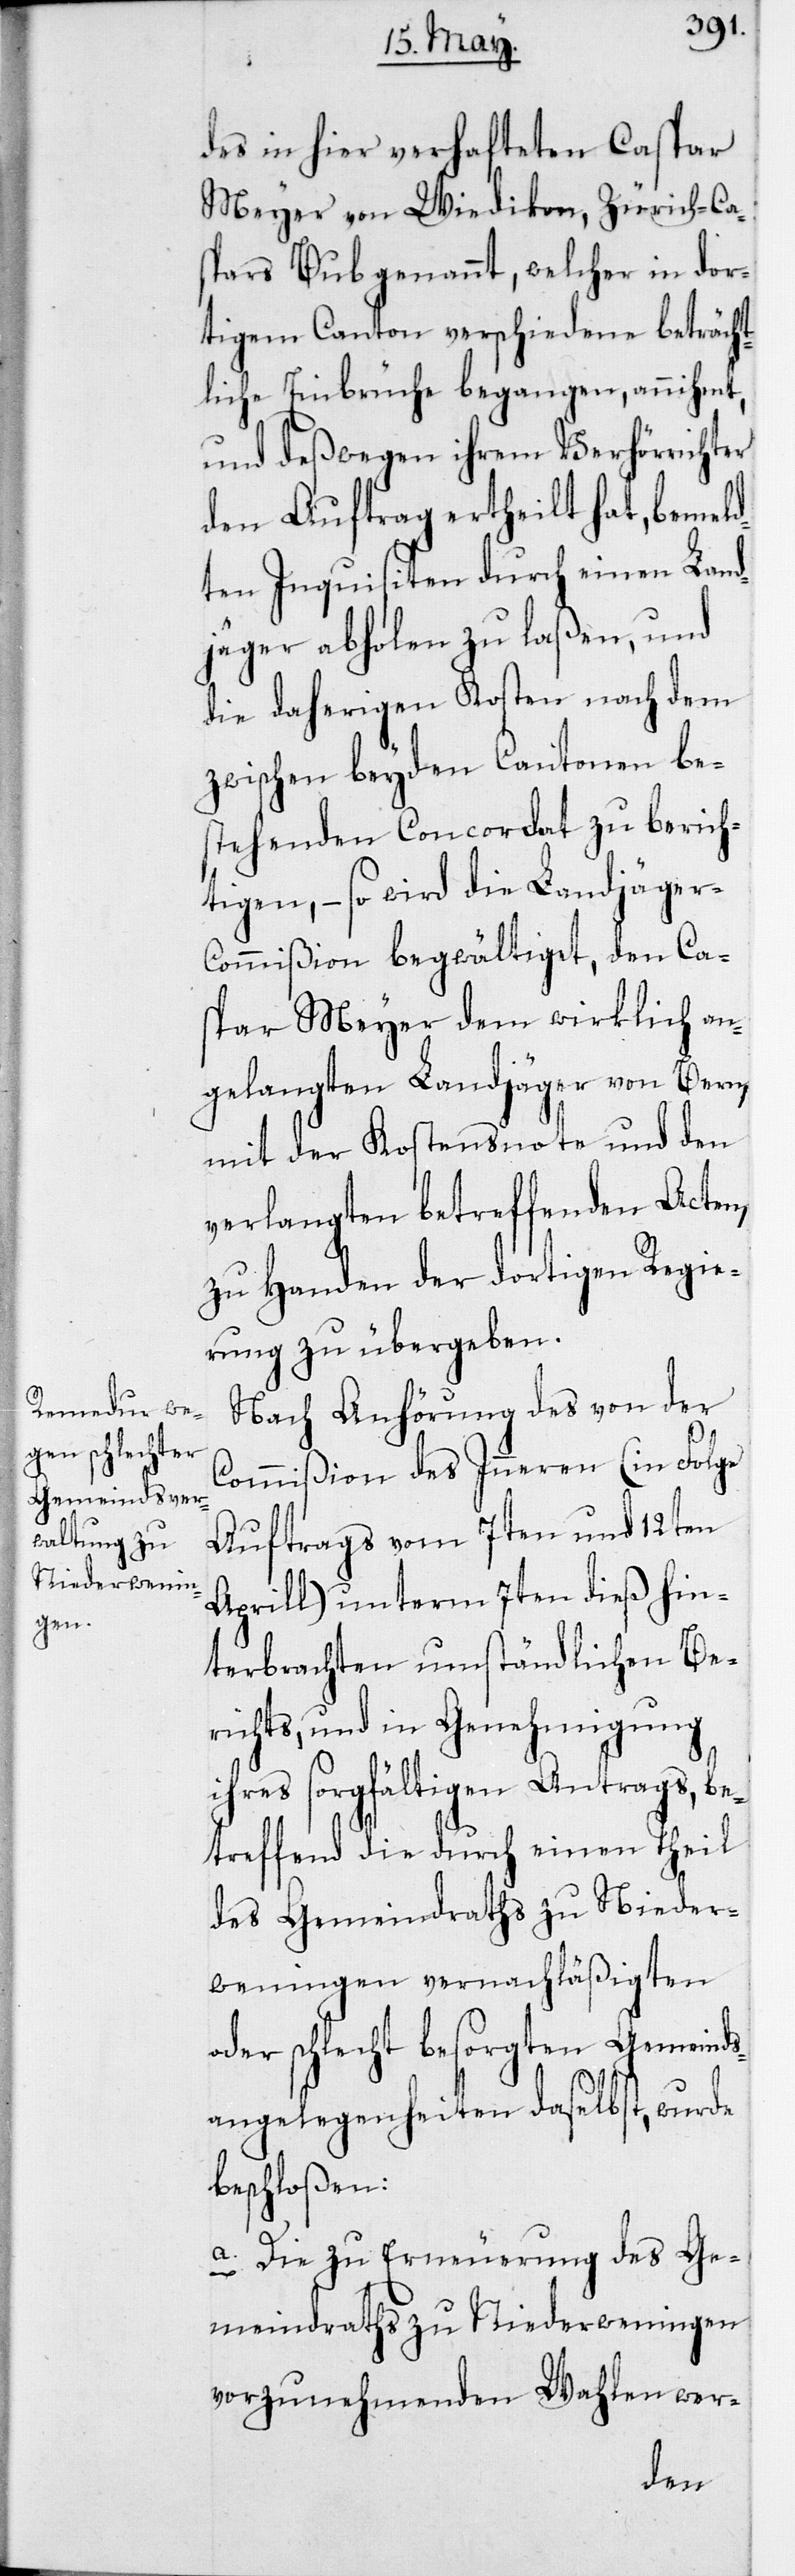
des in hier verhafteten Caspar
Meyer von Wiedikon, Zürich-Ca¬
spars Bub genannt, welcher in dor¬
tigem Canton verschiedene beträcht¬
liche Einbrüche begangen, annihmt,
und deßwegen ihrem Verhörrichter
den Auftrag ertheilt hat, bemeld¬
ten Inquisiten durch einen Land¬
jäger abholen zu laßen, und
die daherigen Kosten nach dem
zwischen beyden Cantonen be¬
stehenden Concordat zu berich¬
tigen, – so wird die Landjäger-C¬
ommißion begwältiget, den Cas¬
par Meyer dem wirklich an¬
gelangten Landjäger von Bern
mit der Kostensnote und den
verlangten betreffenden Acten,
zu Handen der dortigen Regie¬
rung zu übergeben.
Nach Anhörung des von der
Commißion des Inneren (in Folge
Auftrags vom 7ten und 12ten
Aprill) unterm 7ten dieß hin¬
terbrachten umständlichen Be¬
richts, und in Genehmigung
ihres sorgfältigen Antrags, be¬
treffend die durch einen Theil
des Gemeindraths zu Nieder¬
weningen vernachläßigten
oder schlecht besorgten Gemeind¬
sangelegenheiten daselbst, wurde
beschloßen:
a) Die zu Erneuerung des Ge¬
meindraths zu Niederweningen
vorzunehmenden Wahlen wer-